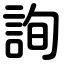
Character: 詢